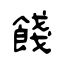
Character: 餞